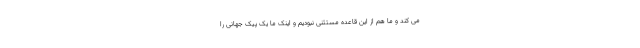
می کند و ما هم از این قاعده مستثنی نبودیم و اینک ما یک پیک جهانی را